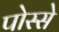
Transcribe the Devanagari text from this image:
पोस्से